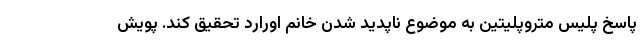
پاسخ پلیس متروپلیتین به موضوع ناپدید شدن خانم اورارد تحقیق کند. پویش